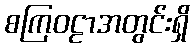
စကြဝဠာအတွင်းရှိ